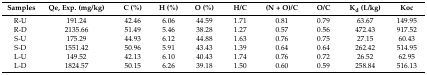
<table><thead><tr><td><b>Samples</b></td><td><b>Qe, Exp. (mg/kg)</b></td><td><b>C (%)</b></td><td><b>H (%)</b></td><td><b>O (%)</b></td><td><b>H/C</b></td><td><b>(N + O)/C</b></td><td><b>O/C</b></td><td><b>K<sub>d</sub> (L/kg)</b></td><td><b>Koc</b></td></tr></thead><tbody><tr><td>R-U</td><td>191.24</td><td>42.46</td><td>6.06</td><td>44.59</td><td>1.71</td><td>0.81</td><td>0.79</td><td>63.67</td><td>149.95</td></tr><tr><td>R-D</td><td>2135.66</td><td>51.49</td><td>5.46</td><td>38.28</td><td>1.27</td><td>0.57</td><td>0.56</td><td>472.43</td><td>917.52</td></tr><tr><td>S-U</td><td>175.29</td><td>44.93</td><td>6.12</td><td>44.88</td><td>1.63</td><td>0.76</td><td>0.75</td><td>27.15</td><td>60.43</td></tr><tr><td>S-D</td><td>1551.42</td><td>50.96</td><td>5.91</td><td>43.43</td><td>1.39</td><td>0.64</td><td>0.64</td><td>262.42</td><td>514.95</td></tr><tr><td>L-U</td><td>149.52</td><td>42.13</td><td>6.10</td><td>40.43</td><td>1.74</td><td>0.76</td><td>0.72</td><td>26.52</td><td>62.95</td></tr><tr><td>L-D</td><td>1824.57</td><td>50.15</td><td>6.26</td><td>39.18</td><td>1.50</td><td>0.60</td><td>0.59</td><td>258.84</td><td>516.13</td></tr></tbody></table>